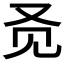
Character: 𬢇